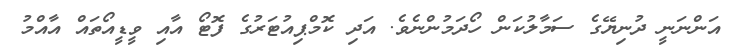
އަންނަނީ ދުނިޔޭގެ ސަމާލުކަން ހޯދަމުންނެވެ. އަދި ކޮމްޕިއުޓަރުގެ ފޮޓޯ އާއި ވީޑީއޯތައް އާއްމު